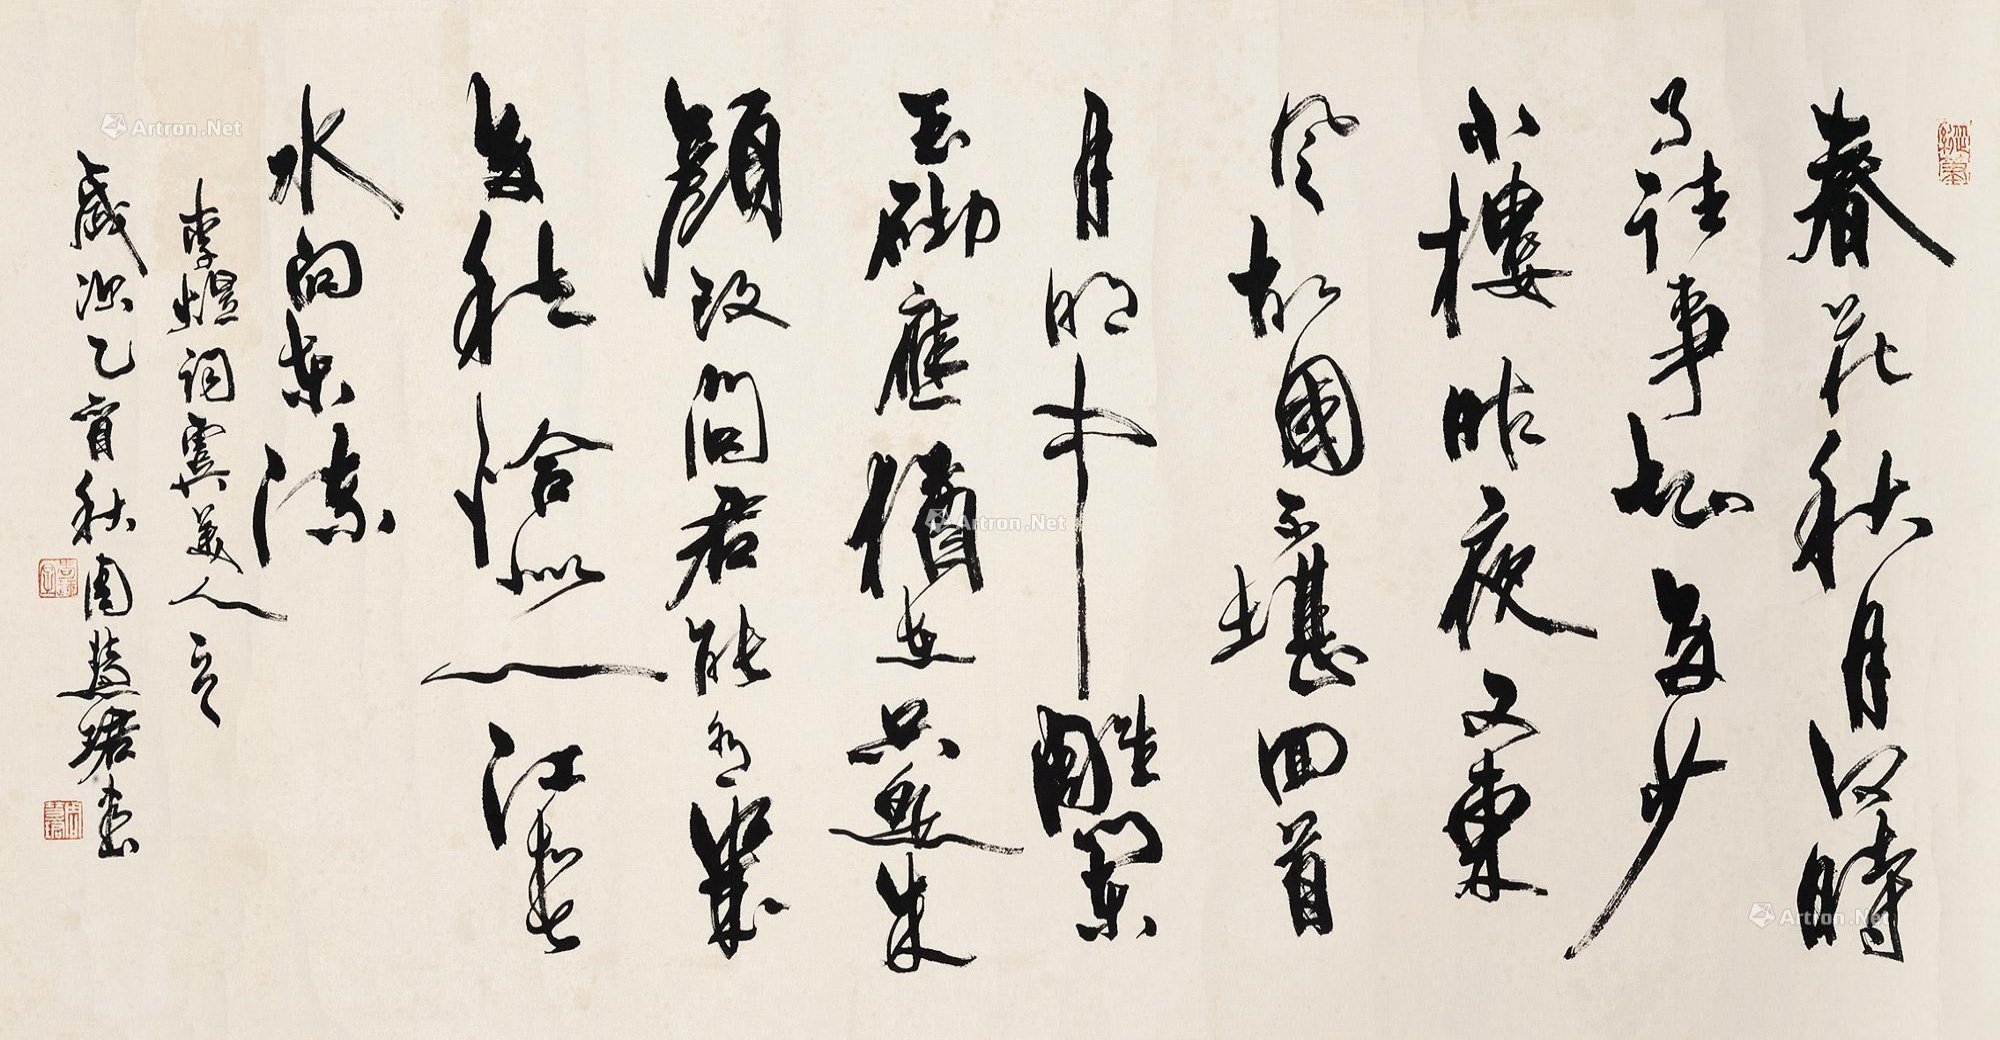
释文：春花秋月何时了？往事知多少。小楼昨夜又东风，故国不堪回首月明中。雕栏玉砌应犹在，只是朱颜改。问君能有几多愁？恰似一江春水向东流。李煜词《虞美人》一首，岁次乙酉秋周慧珺书。